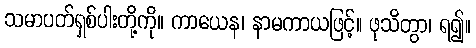
သမာပတ်ရှစ်ပါးတို့ကို။ ကာယေန၊ နာမကာယဖြင့်။ ဖုသိတွာ၊ ရ၍။